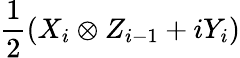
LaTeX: \frac{1}{2}\left(X_{i}\otimes Z_{i-1}+iY_{i}\right)